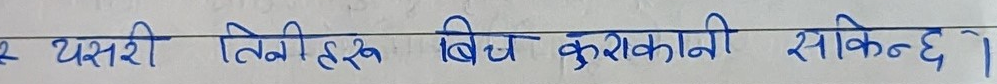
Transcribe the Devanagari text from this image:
यसरी तिमीहरु बिच कुराकानी सकिन्छ ।